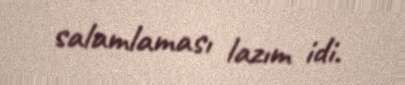
salamlaması lazım idi.